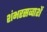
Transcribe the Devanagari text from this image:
शंभरसव्वाशें